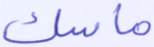
ماسك